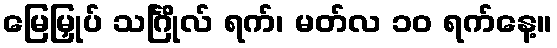
မြေမြှုပ် သင်္ဂြိုလ် ရက်၊ မတ်လ ၁၀ ရက်နေ့။